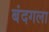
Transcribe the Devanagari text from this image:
बंदगला